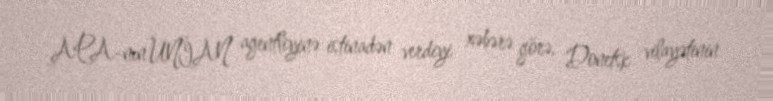
APA-nın UNİAN agentliyinə istinadən verdiyi xəbərə görə, Donetsk vilayətinin